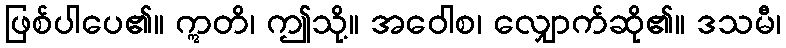
ဖြစ်ပါပေ၏။ ဣတိ၊ ဤသို့။ အဝေါစ၊ လျှောက်ဆို၏။ ဒသမီ၊